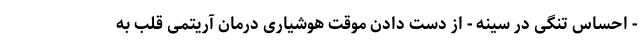
- احساس تنگی در سینه - از دست دادن موقت هوشیاری درمان آریتمی قلب به